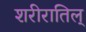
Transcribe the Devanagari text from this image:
शरीरातिल्